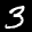
Label: 3